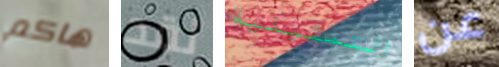
هاكم لقد التمثيلية عن